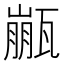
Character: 𱰏